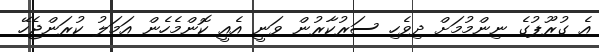
އެ ގުރޫޕުގެ ނިންމުމަށް ދިވެހި ސަރުކާރުން ވަނީ އެއީ ކޮންމެހެން އަމަލު ކުރަންޖެހޭ